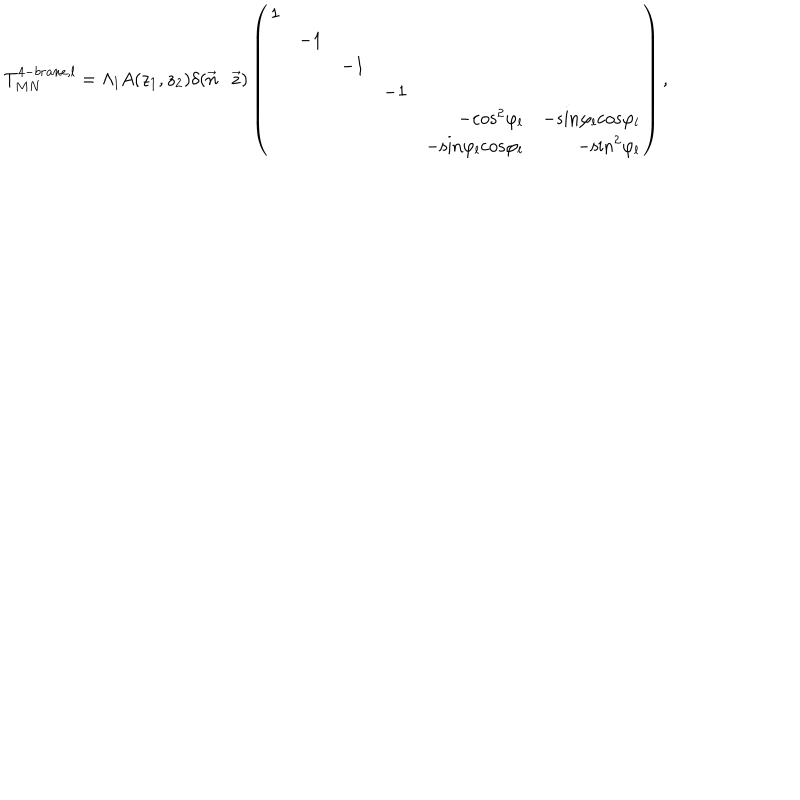
T _ { M N } ^ { 4 - b r a n e , l } = \Lambda _ { l } A ( z _ { 1 } , z _ { 2 } ) \delta ( \vec { n } \cdot \vec { z } ) \left( \begin{array} { r r r r r r } { { 1 } } & { { } } & { { } } & { { } } & { { } } & { { } } \\ { { } } & { { - 1 } } & { { } } & { { } } & { { } } & { { } } \\ { { } } & { { } } & { { - 1 } } & { { } } & { { } } & { { } } \\ { { } } & { { } } & { { } } & { { - 1 } } & { { } } & { { } } \\ { { } } & { { } } & { { } } & { { } } & { { - \mathrm { c o s } ^ { 2 } \varphi _ { l } } } & { { - \mathrm { s i n } \varphi _ { l } \mathrm { c o s } \varphi _ { l } } } \\ { { } } & { { } } & { { } } & { { } } & { { - \mathrm { s i n } \varphi _ { l } \mathrm { c o s } \varphi _ { l } } } & { { - \mathrm { s i n } ^ { 2 } \varphi _ { l } } } \\ \end{array} \right) ,